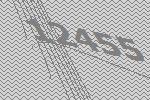
12455